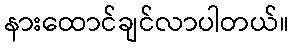
နားထောင်ချင်လာပါတယ်။